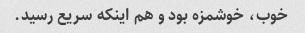
خوب، خوشمزه بود و هم اینکه سریع رسید.